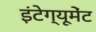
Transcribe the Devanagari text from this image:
इंटेग्यूमेंट